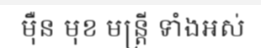
ម៉ឺន មុខ មន្ត្រី ទាំងអស់